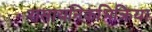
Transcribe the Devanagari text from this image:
रासायनिकभिक्रिया